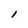
Character: 1